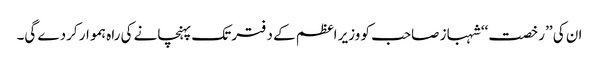
ان کی ’’رخصت‘‘ شہباز صاحب کو وزیر اعظم کے دفتر تک پہنچانے کی راہ ہموار کردے گی۔